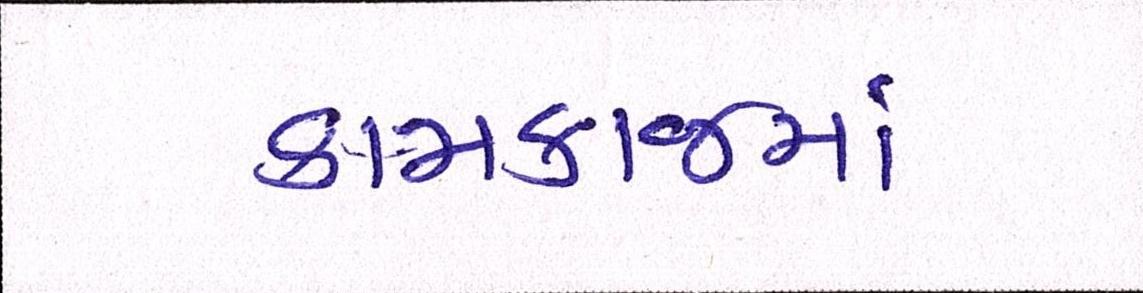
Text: કામકાજમાં